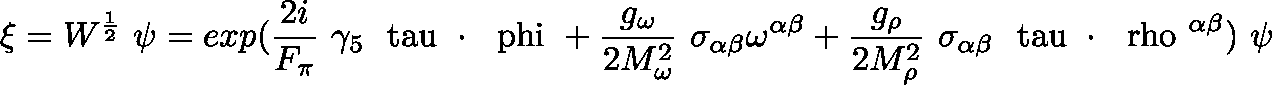
\xi = W ^ { \frac { 1 } { 2 } } ~ \psi = e x p ( \frac { 2 i } { F _ { \pi } } ~ \gamma _ { 5 } \mathrm { \boldmath ~ \ t a u ~ } \cdot \mathrm { \boldmath ~ \ p h i ~ } + \frac { g _ { \omega } } { 2 M _ { \omega } ^ { 2 } } ~ \sigma _ { \alpha \beta } \omega ^ { \alpha \beta } + \frac { g _ { \rho } } { 2 M _ { \rho } ^ { 2 } } ~ \sigma _ { \alpha \beta } \mathrm { \boldmath ~ \ t a u ~ } \cdot \mathrm { \boldmath ~ \ r h o ~ } ^ { \alpha \beta } ) ~ \psi